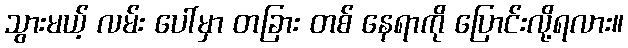
သွားမယ့် လမ်း ပေါ်မှာ တခြား တစ် နေရာကို ပြောင်းလို့ရလား။